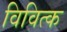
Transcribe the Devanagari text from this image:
विवित्क